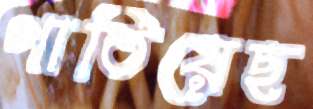
পাতিয়েছ